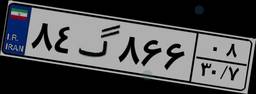
۸۴گ۸۶۶۰۸